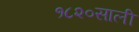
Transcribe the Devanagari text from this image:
१८२०साली